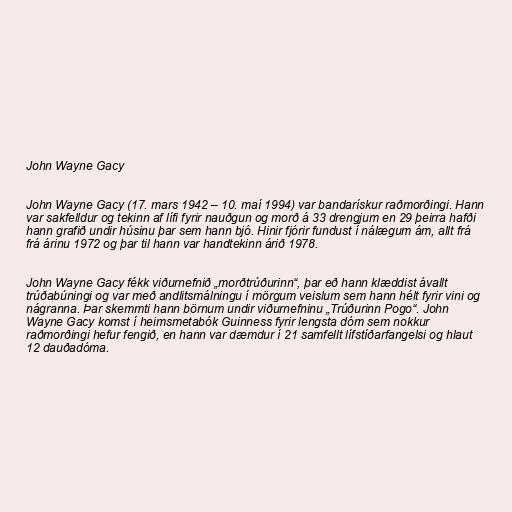
John Wayne Gacy

John Wayne Gacy (17. mars 1942 – 10. maí 1994) var bandarískur raðmorðingi. Hann
var sakfelldur og tekinn af lífi fyrir nauðgun og morð á 33 drengjum en 29 þeirra hafði
hann grafið undir húsinu þar sem hann bjó. Hinir fjórir fundust í nálægum ám, allt frá
frá árinu 1972 og þar til hann var handtekinn árið 1978.

John Wayne Gacy fékk viðurnefnið „morðtrúðurinn“, þar eð hann klæddist ávallt
trúðabúningi og var með andlitsmálningu í mörgum veislum sem hann hélt fyrir vini og
nágranna. Þar skemmti hann börnum undir viðurnefninu „Trúðurinn Pogo“. John
Wayne Gacy komst í heimsmetabók Guinness fyrir lengsta dóm sem nokkur
raðmorðingi hefur fengið, en hann var dæmdur í 21 samfellt lífstíðarfangelsi og hlaut
12 dauðadóma.